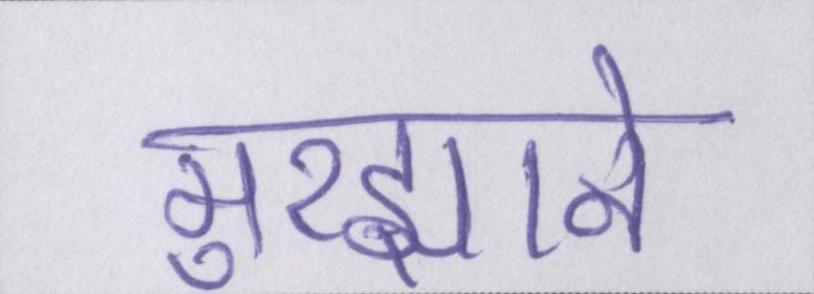
मुरझाने